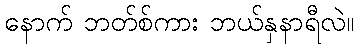
နောက် ဘတ်စ်ကား ဘယ်နှနာရီလဲ။